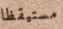
مستيقظا